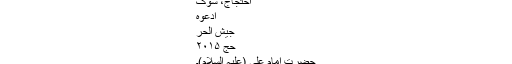
احتجاج، سوگ
ادعوہ
جیش الحر
حج ۲۰۱۵
حضرت امام علی (علیہ السلام)۔